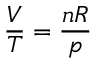
{ \frac { V } { T } } = { \frac { n R } { p } }